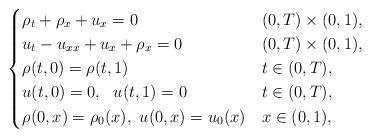
LaTeX: \begin{align*}\begin{dcases}\rho_t+\rho_x +u_{x} =0 & (0,T)\times (0,1),\\u_{t} -u_{xx} +u_x +\rho_x =0 & (0,T)\times (0,1),\\\rho(t,0)=\rho(t,1) & t\in (0,T) , \\u(t,0)=0, \ \ u(t,1)=0 & t\in (0,T) ,\\\rho(0,x)= \rho_0(x), \ u(0,x)= u_0(x) & x\in(0,1), \end{dcases}\end{align*}